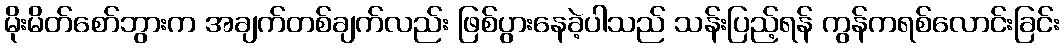
မိုးမိတ်စော်ဘွားက အချက်တစ်ချက်လည်း ဖြစ်ပွားနေခဲ့ပါသည် သန်းပြည့်ရန် ကွန်ကရစ်လောင်းခြင်း